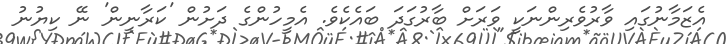
އެޒަމާނުގައި ވާރުވެރިންނަކީ ވަރަށް ބާރުގަދަ ބައެކެވެ. އެމީހުންގެ ދަށުން 'ކަރާނީން' ނޭ ކިޔުނު